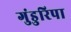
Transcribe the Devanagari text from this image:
गुंडुरिपा